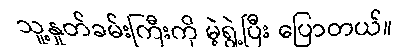
သူ့နှုတ်ခမ်းကြီးကို မဲ့ရွဲ့ပြီး ပြောတယ်။